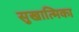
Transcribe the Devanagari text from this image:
सुखात्मिका